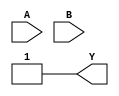
module combinational_logic (
    input wire A,    // First input
    input wire B,    // Second input
    output wire Y    // Output
);

// Combinational logic implementation
assign Y = (A & B) | (A ~& B); // Y = AB + A'B (using don't care for A=1, B=0 to optimize)

endmodule